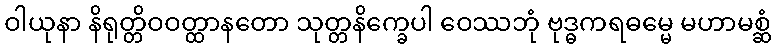
ဝါယုနာ နိရုတ္တိဝဝတ္ထာနတော သုတ္တနိက္ခေပါ ဝေဿဘုံ ဗုဒ္ဓကရဓမ္မေ မဟာမစ္ဆံ